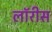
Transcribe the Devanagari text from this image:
लॉरीस